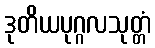
ဒုတိယပုဂ္ဂလသုတ္တံ